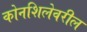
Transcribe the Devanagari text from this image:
कोनशिलेवरील